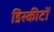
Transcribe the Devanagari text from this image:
डिस्कीटों